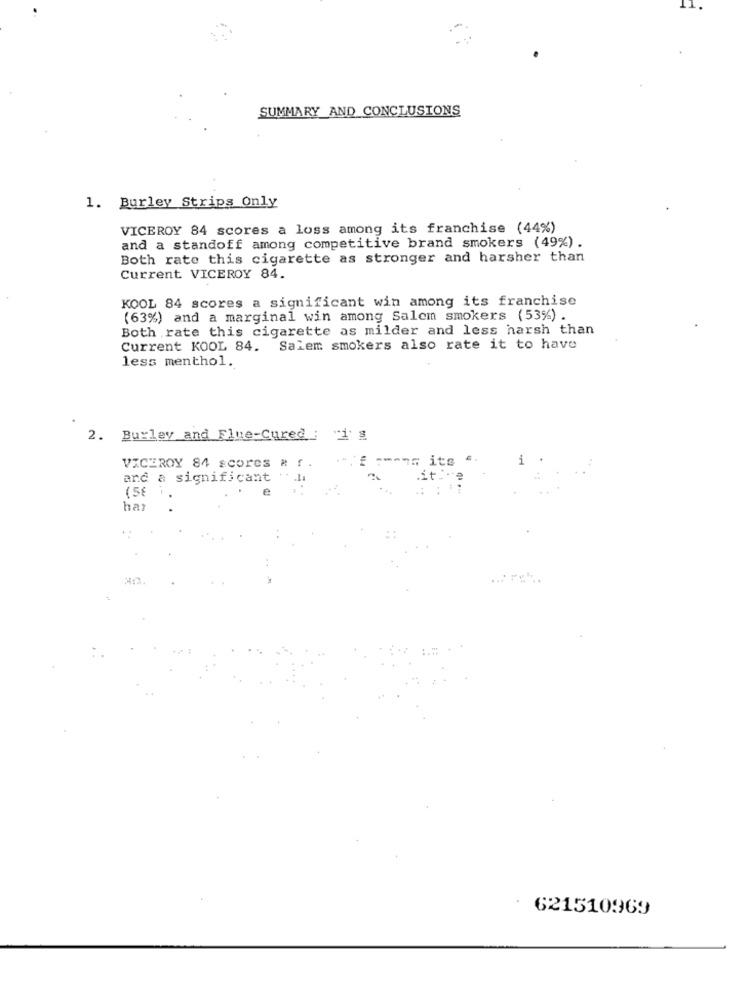
SUMMARY_AND_CONCLUSIONS
1. Burley Strips Only
VICEROY 84 scores a loss among its franchise (44%)
and a standoff among competitive brand smokers (49%) .
Both rate this cigarette as stronger and harsher than
Current VICEROY 84.
KOOL 84 scores a significant win among its franchise
(63%) and a marginal win among Salem smokers (53%) .
Both rate this cigarette as milder and less harsh than
Current KOOL 84. Salem smokers also rate it to have
less menthol.
2. Burley and Flue-Cured : 1 g
. its
VICEROY 84 scores a f.
and a significant ..
(5€
har
621510969